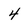
Character: 4